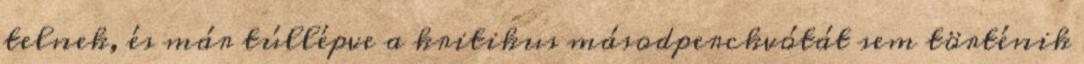
telnek, és már túllépve a kritikus másodperckvótát sem történik